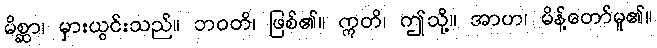
မိစ္ဆာ၊ မှားယွင်းသည်။ ဘဝတိ၊ ဖြစ်၏။ ဣတိ၊ ဤသို့။ အာဟ၊ မိန့်တော်မူ၏။